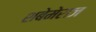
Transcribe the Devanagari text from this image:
शबेमेराज